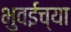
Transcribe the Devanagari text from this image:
भुवईच्या